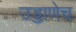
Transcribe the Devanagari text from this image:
उड्डाणेच